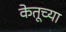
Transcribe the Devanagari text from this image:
केतूच्या